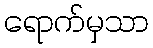
ရောက်မှသာ